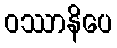
ဝဿာနိပေ